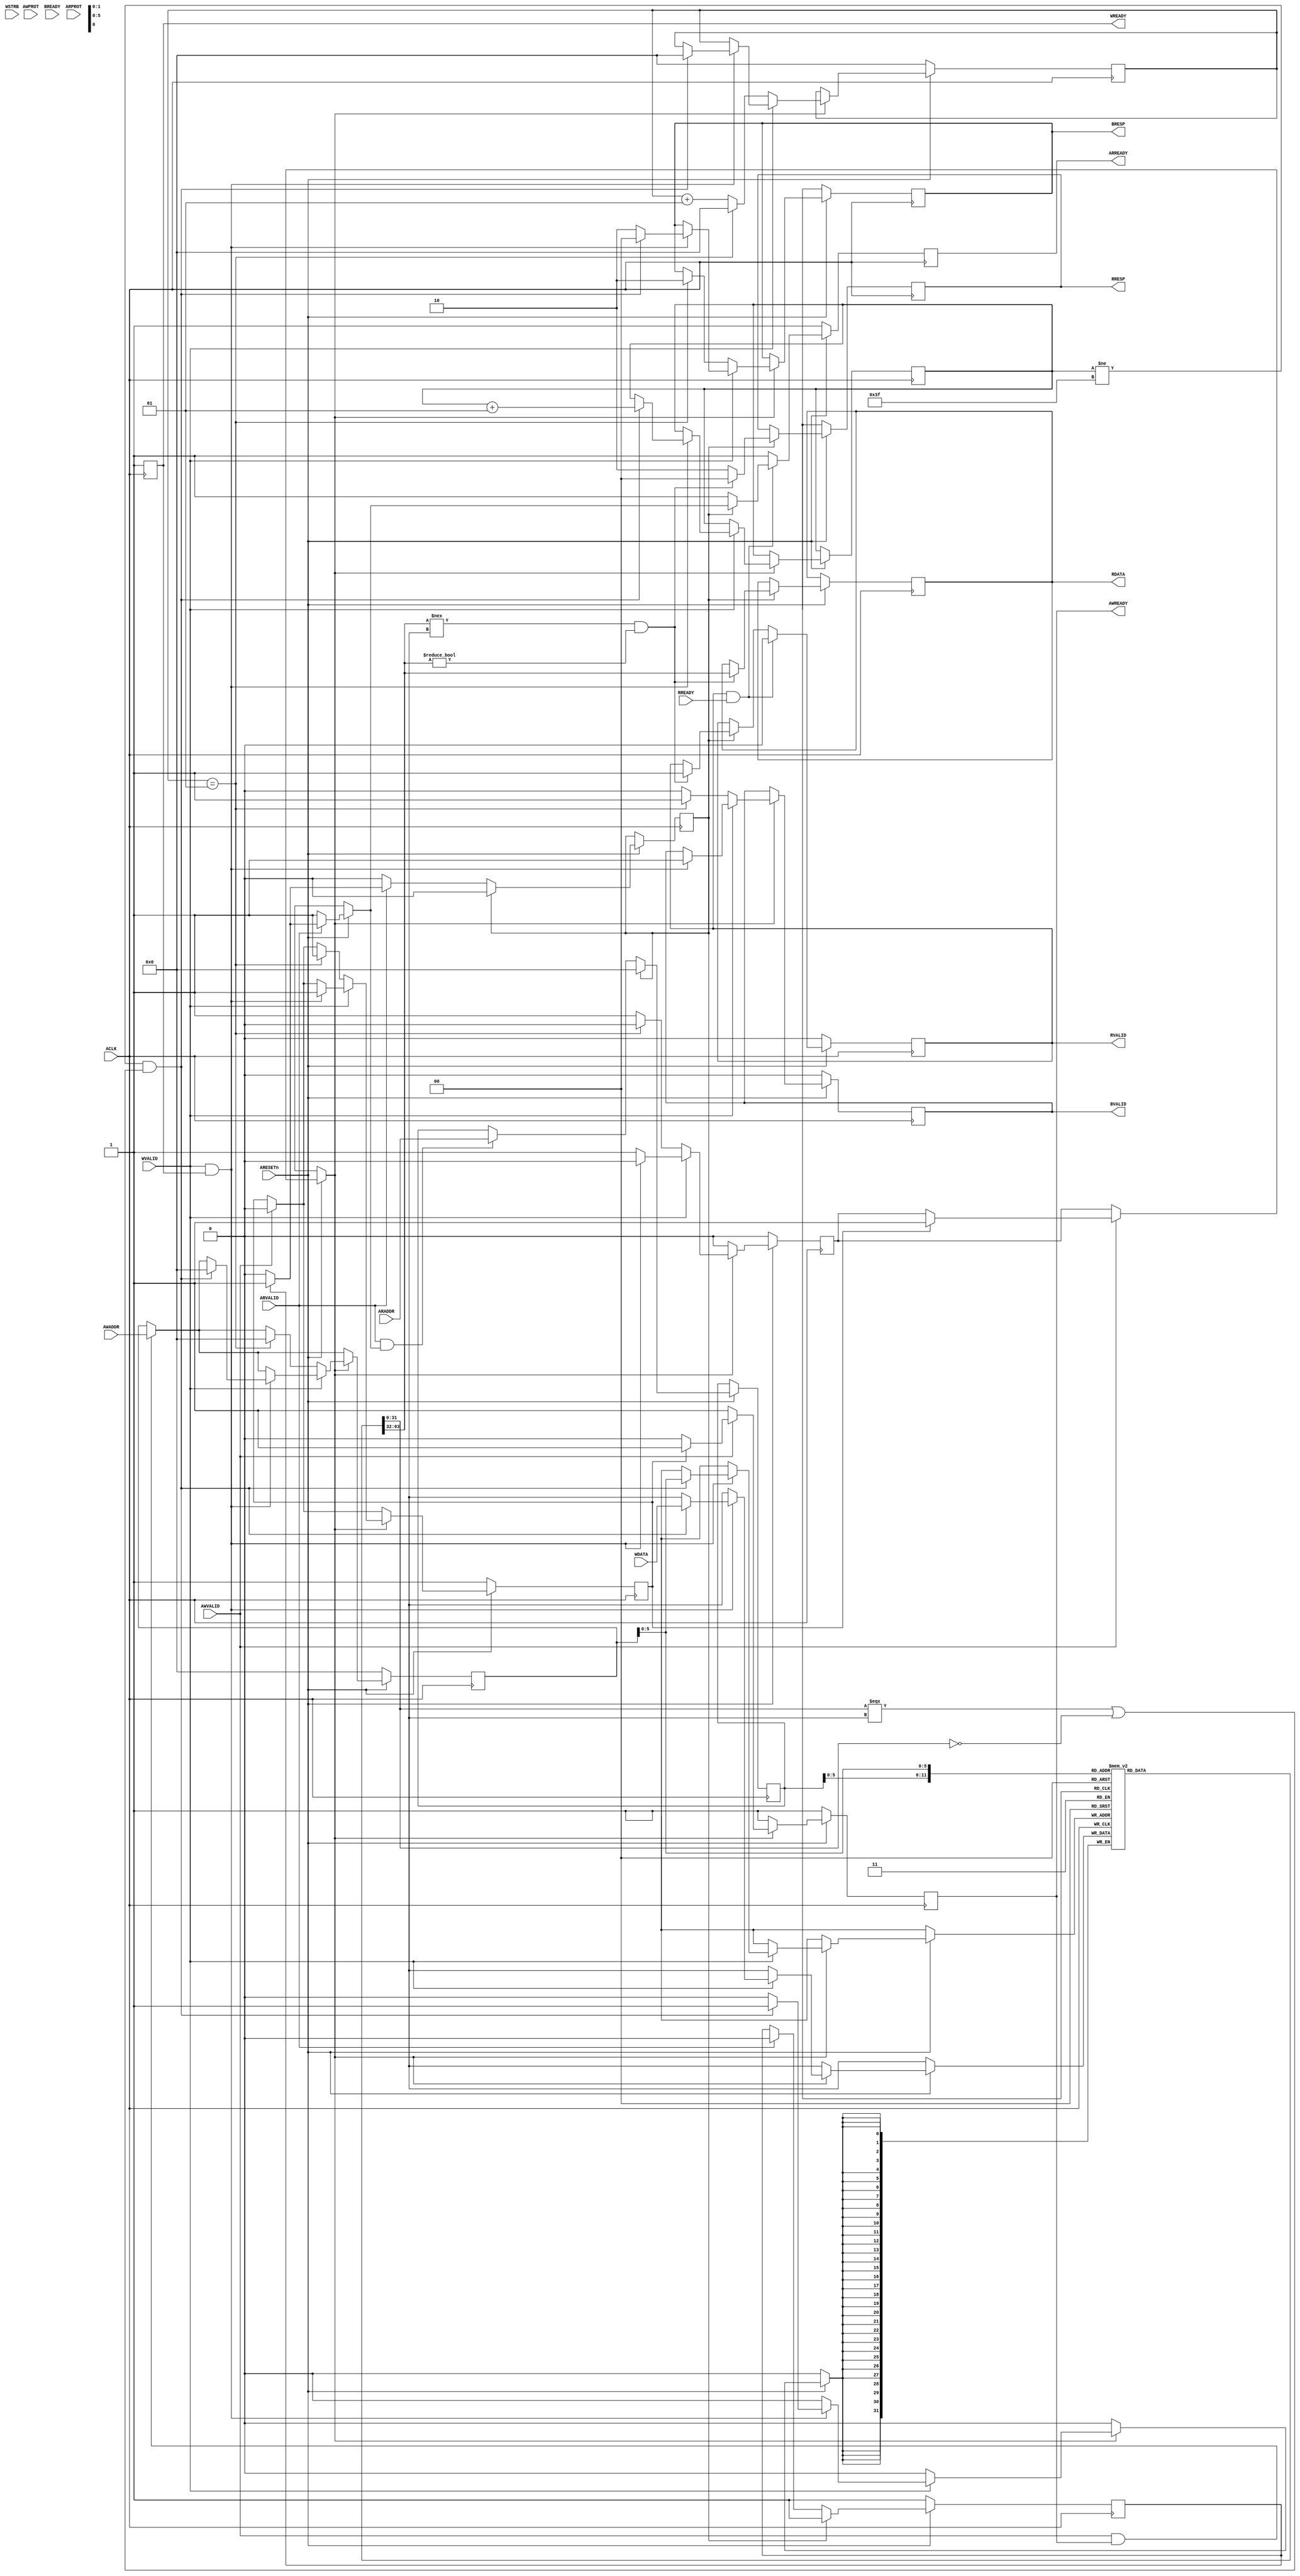
//AXI4-Lite slave

//`timescale 1ns/1ns
`define ADDR_WIDTH 32
`define DATA_WIDTH 32
`define MEMORY_DEPTH 64 
`define CHANNEL_LEN 32

`define OKAY 2'b00
`define SLVERR 2'b10
`define DECERR 2'b11
module slave (   
               output reg                      AWREADY,       
               output reg                      WREADY,         
               output reg [ 1 : 0 ]            BRESP,          
               output reg                      BVALID,         
               output reg                      ARREADY,        
               output reg [ `DATA_WIDTH - 1 : 0 ] RDATA,          
               output reg [ 1 : 0 ]            RRESP,          
               output reg                      RVALID,         
 
               input             	       ACLK,
               input                           ARESETn,
               input  [ `ADDR_WIDTH - 1 : 0 ]  AWADDR,            
               input                           AWVALID,           
               input  [ 2 : 0 ]                AWPROT,            
               input  [ `DATA_WIDTH - 1 : 0 ]  WDATA,             
               input  [ 3 : 0 ]                WSTRB,             
               input                           WVALID,            
               input                           BREADY,            
               input  [ `ADDR_WIDTH - 1 : 0 ]  ARADDR,            
               input  [ 2 : 0 ]                ARPROT,            
               input                           ARVALID,           
               input                           RREADY             
             );
  
  reg  [ `DATA_WIDTH - 1 : 0 ]  slave_memory   [ 0 : `MEMORY_DEPTH - 1 ];
  reg  [ `ADDR_WIDTH - 1 : 0 ]  awaddr_temp;
  reg  [ `ADDR_WIDTH - 1 : 0 ]  araddr_temp;
  reg  write_tran_complete = 1'b1;
  reg  write_data_loop = 1'b0;
  reg  read_data_loop = 1'b0;
  reg  read_tran_complete = 1'b1;

  integer counter = 0;              
  integer time_out; 



// Write Transaction  

  always @ ( posedge ACLK ) begin 
    if ( ! ARESETn ) begin 
      awaddr_temp <= 32'd0;
      AWREADY <= 1'b1; 
      WREADY  <= 1'b1;
      BRESP   <= 2'bx;
      BVALID  <= 1'b0;
      write_tran_complete <= 1'b1; 
      write_data_loop <= 1'b0;
      time_out <= 1'b0;
    end 

    else begin
      if ( AWVALID ) begin
        	if ( write_tran_complete == 1'b1 ) begin 
         		 AWREADY <= 1'b1;
          		 write_tran_complete <= 1'b0;
		          write_data_loop = 1'b1;
		          $display ( "tran complete set signal loop" );
        		end 
        	else begin
          		AWREADY <= 1'b0;
       			 end 
                end
     
      else begin
        AWREADY <= 1'b1;
           end 
      if ( AWVALID == 1'b1 && AWREADY == 1'b1 ) begin
        awaddr_temp <= AWADDR;
        $display ( "write addr is accessed" );
                                               end  
      else begin
        awaddr_temp <= awaddr_temp;
           end 
      if ( write_data_loop == 1'b1 ) begin
        if ( WVALID ) begin
          WREADY <= 1'b1;
          if ( WVALID && WREADY ) begin 
            if ( counter != `MEMORY_DEPTH - 1 && ( slave_memory [ awaddr_temp ] === 32'dx || slave_memory [ awaddr_temp ] == 32'd0 )) begin
              slave_memory [ awaddr_temp ] <= WDATA;
	      BVALID <= 1'b1;
              BRESP = `OKAY;
              counter     <= counter + 1;
              write_tran_complete <= 1'b1;
              write_data_loop   <= 1'b0;
              time_out    <= 0;
              awaddr_temp <= 32'd0;
            end
            else begin
              BRESP  <= `SLVERR; 
	      BVALID <= 1'b1;
              write_tran_complete <= 1'b1;
              write_data_loop <= 1'b0;
              $display ( " error in the slave " );
            end 
          end
          else begin
            WREADY <= 1'b1;
            $display ( "slave is not ready " );
          end     
        end
        else begin
          time_out <= time_out + 1;
          WREADY   <= 1'b1;
          if ( time_out == 1 ) begin
            BRESP <= `SLVERR;
	    BVALID <= 1'b1;
            write_tran_complete <= 1'b1;
            write_data_loop <= 1'b0;
            awaddr_temp <= 32'd0;
            time_out <= 0;
          end
          else begin
            BVALID <= 1'b0;
          end 
        end
      end
      else begin
        AWREADY <= 1'b1;
        WREADY  <= 1'b1;
      end 
    end
  end

  always @ ( posedge ACLK ) begin

    if ( !ARESETn ) begin 
      ARREADY <= 1'b1;
      RRESP   <= 2'bx;
      RVALID  <= 1'b0;
      read_tran_complete <= 1'b1;  
    end 
    else 
    begin
      if ( ARVALID ) begin
        if ( read_tran_complete )  begin
          ARREADY = 1'b1;
          read_tran_complete <= 1'b0;
          read_data_loop <= 1'b1;
        end 
        else begin
          ARREADY <= 1'b0;
        end
      end
      else begin
        ARREADY <= 1'b1;
      end
      if ( ARVALID && ARREADY ) begin
        araddr_temp <= ARADDR; 
      end
      else begin
        araddr_temp <= araddr_temp;
      end
      if ( read_data_loop ) begin
        if (slave_memory [ araddr_temp ] !== 32'dx && slave_memory [ araddr_temp ] != 32'd0 ) begin

          RVALID  <= 1'b1;
          RDATA   <= slave_memory [ araddr_temp ];
          RRESP   <= `OKAY;
          //counter <= counter - 1;
          //slave_memory [ araddr_temp ] <= 32'd0;
          read_tran_complete <= 1'b1;
          read_data_loop <= 1'b0;
          araddr_temp <= 32'd0;
         end
        else 
	begin
          RRESP  <= `SLVERR;
          read_tran_complete <= 1'b1;
          read_data_loop     <= 1'b0;
          araddr_temp <= 32'd0;
        end
      end
      else begin
        ARREADY <= 1'b1;
      end
      if ( RVALID && RREADY ) begin
        RVALID <= 1'b0;
      end
      else begin
        ARREADY <= 1'b1;
      end
    end
  end      
endmodule